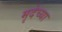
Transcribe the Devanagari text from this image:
मृदेच्या